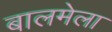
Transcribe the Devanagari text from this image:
बालमेला